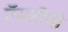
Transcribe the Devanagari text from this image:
ऍमटीवी